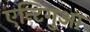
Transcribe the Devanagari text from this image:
एन्टिगुआ